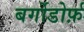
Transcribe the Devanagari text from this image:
बर्गोडोर्फ़